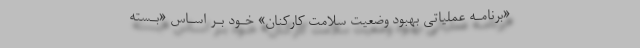
«برنامـه عملیاتی بهبود وضعیت سلامت کارکنان» خـود بـر اسـاس «بـسته